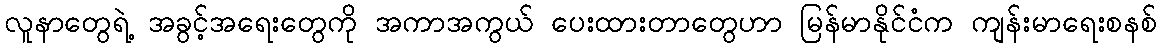
လူနာတွေရဲ့ အခွင့်အရေးတွေကို အကာအကွယ် ပေးထားတာတွေဟာ မြန်မာနိုင်ငံက ကျန်းမာရေးစနစ်